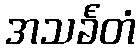
အသင်္ခတံ